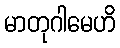
မာတုဂါမေဟိ